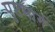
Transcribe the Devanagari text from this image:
पुष्टमार्ग